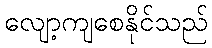
လျော့ကျစေနိုင်သည်